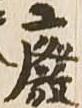
廃